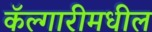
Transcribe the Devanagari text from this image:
कॅल्गारीमधील